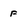
Character: f